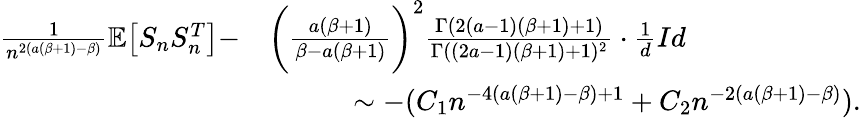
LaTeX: \begin{array}{rl}{\frac{1}{n^{2(a(\beta+1)-\beta)}}\mathbb{E}\big[S_{n}S_{n}^{T}\big]-}&{\bigg(\frac{a(\beta+1)}{\beta-a(\beta+1)}\bigg)^{2}\frac{\Gamma(2(a-1)(\beta+1)+1)}{\Gamma((2a-1)(\beta+1)+1)^{2}}\cdot\frac{1}{d}Id}\\ &{\quad\quad\quad\sim-(C_{1}n^{-4(a(\beta+1)-\beta)+1}+C_{2}n^{-2(a(\beta+1)-\beta)}).}\end{array}